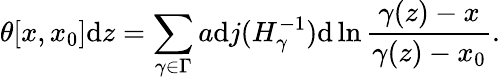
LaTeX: \theta[x,x_{0}]\mathrm{d}z=\sum_{\gamma\in\Gamma}a\mathrm{d}j(H_{\gamma}^{-1})\mathrm{d}\ln\frac{{\gamma(z)-x}}{{\gamma(z)-x_{0}}}.